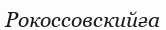
Рокоссовскийға